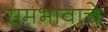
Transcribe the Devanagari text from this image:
समभावाचे